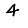
Digit: 4